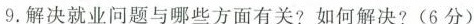
9.解决就业问题与哪些方面有关?如何解决?(6分)